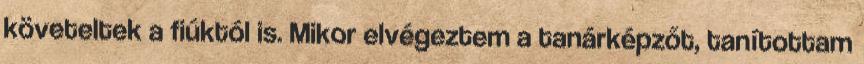
követeltek a fiúktól is. Mikor elvégeztem a tanárképzőt, tanítottam